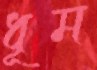
ধূম